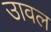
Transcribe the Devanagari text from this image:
उावल